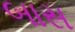
બાસ